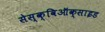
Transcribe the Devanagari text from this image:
सेस्क्विऑक्साइड